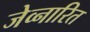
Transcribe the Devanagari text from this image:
जेव्नारित